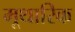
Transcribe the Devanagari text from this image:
मूथारिक